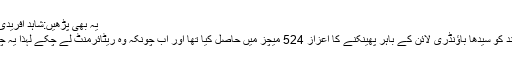
یہ بھی پڑھیں:شاہد آفریدی اور کرس گیل کی جارحانہ اننگز
شاہد خان آفریدی نے 476 بار گیند کو سیدھا باؤنڈری لائن کے باہر پھینکنے کا اعزاز 524 میچز میں حاصل کیا تھا اور اب چونکہ وہ ریٹائرمنٹ لے چکے لہذا یہ چھن جانے کا بہت زیادہ خطرہ ہے۔